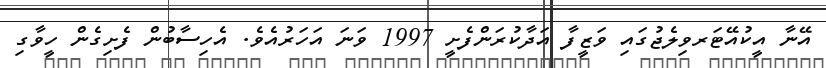
އޭނާ އީކުއޭޓަރވިލެޖުގައި ވަޒީފާ އަދާކުރަންފެށީ 1997 ވަނަ އަހަރުއެވެ. އެހިސާބުން ފެށިގެން ހީވާގި